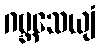
ဂဗ္ဘသေယျံ